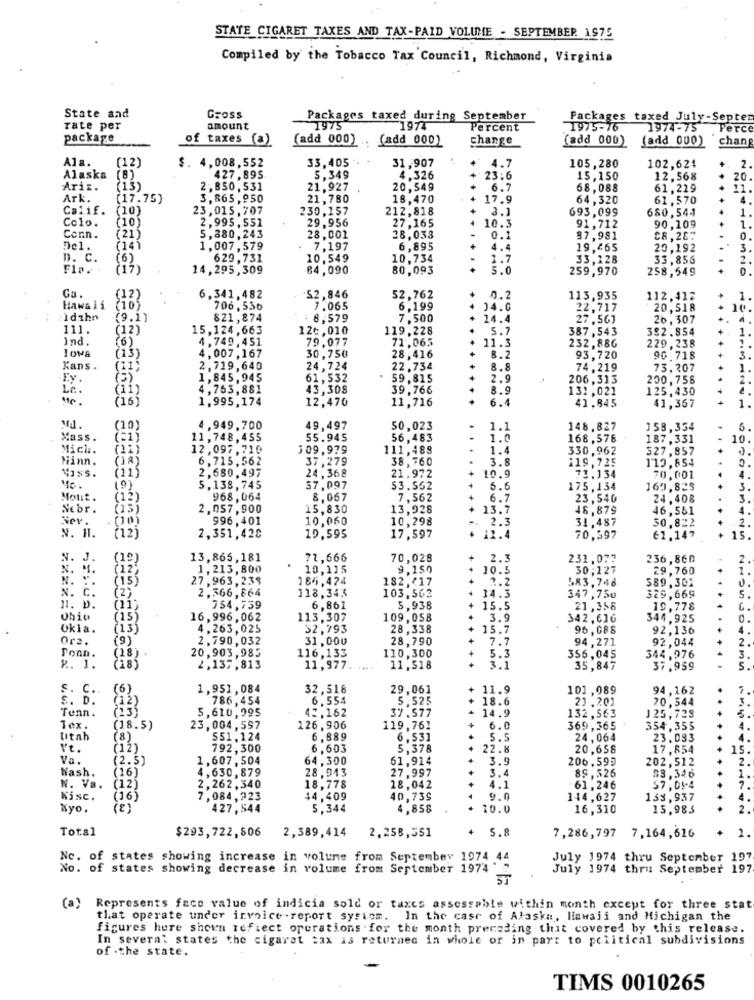
STATE CIGARET TAXES AND TAX-PAID VOLUME - SEPTEMBER 1975
Compiled by the Tobacco Tax Council, Richmond, Virginia
State and
Gross
Packages taxed during September
Packages taxed July -Septer
rate per
amount
1975
1974
Percent
1975-76
1974-75 Perce
package
of taxes (a)
(add 000)
(add 000)
change
(add 000)
(add 000) chang
A1a.
33,405
(12)
$. 4,008,552
31,907
+ 4.7
105,280
102,624
2
Alaska
(8)
427,895
5,349
4,326
+ 23:6
15,150
12.568
20.
Ariz.
(13)
2, 850, 531
21,927
20,549
6.7
68,088
61,229
11
Ark.
(17.75)
3,865,950
21,780
18,470
17.9
64,320
61.570
4
Calif.
(10)
23,015,707
230,157
212,818
3.1
693,099
680,544
1
Colo.
(10)
2,995,551
29,956
27,165
10.3
1
....
91,712
90,109
Conn.
(21)
5,380,243
28,001
28.033
0.1
87,981
C8,287
0
Del.
1,007,579
7,197
6,895
4.4
19,465
20,192
n. c.
(6)
629,731
10,549
10,734
1.7
33,128
33,856
2.
Fla. .
(12)
14,295,309
84,090
80,093
5.0
259,970
258,549
Ca.
(12)
6,341,482
52,846
52,762
0.2
113,935
112,412
1
Hawaii
(10
706. 536
7.065
6.199
14.0
22,717
20,518
:Idahn
(9.1)
821,874
8.579
7,500
+ 14.4
27,56]
26,307
111.
(12)
15,124,663
120, 010
119,228
5.7
387,543
392.854
Ind
4,749,451
79.077
(6)
71,065
11.3
232,886
229,238
Iowa
(13)
4,007,167
30,750
28,416
...
8.2
93,720
90 718
...
Kans .
(11)
2,719,640
24,724
22,734
+
8.8
74.219
73.207
1,845,945
61,532
. 59,815
2.9
206.313
200,756
çií)
4,763,881
43,308
39,766
8.
132, 021
125,430
1,995,174
12,470
11,716
6.4
41.845
41,367
MJ.
(10)
4,949.700
49,497
50,023
1.1
148,827
158,354
6.
Mass.
11,748, 455
$5.945
56,483
1.0
168.576
187,331
10.
Mich.
12.097.710
109,979
111,488
1.
330,962
327,857
Minn.
6,715,562
37,279
38,760
3.8
119,725
113,854
2.680.497
24,368
Viss.
21,972
10.9
73.134
70.001
4
Me.
(9)
5.138,745
$7.097
53.562
5.0
175,134
169,823
Molit.
968.064
8,067
7,562
6.7
23,540
24.408
3.
Ncbr.
2,057,900
15,830
13,928
13.7
46,879
46,551
A
Nev.
996,401
10,060
10,298
-. 2.3
31,487
30.822
2.
N. 11.
2125
2,351,420
19.595
17,597
+ 11.4
70,397
61.147
15.
N. J.
13,865,181
71,666
70,028
2.3
231.077
236,860
2.
N.
1,213,800
10,115
9,150
10.5
30;127
29.760
1
N. :.
(15)
27,963,239
164,474
182,17
583, 748
589.301
2.366,864
103.562
14.3
N. C.
(2)
118,343
347,750
329,669
5.
11. D.
754,739
6,861
5,938
15.5
21,358
19.778
Ohio
16,996,062
113,307
109.058
3.9
342,616
344.925
Okla.
4.263,025
32,793
28,338
15.7
96,088
92,136
Ors.
(9)
2,790,032
31,000
28,790
7.7
94,271
92,044
Z
(18)
20,903, 985
116,133
Tonn.
110,300
5.3
356,045
344,976
R. 1.
(18)
2,137,813
11,977.
....
11,518
+
3.1
35,847
37.959
s. C.
(6)
1,951,084
32,518
29,061
+ 11.9
101,089
94,162
S. D.
(12)
786,454
6.554
5,525
18.6
23 .201
20,544
Tenn.
(13)
5,610,995
42,162
37.577
14.9
132, 563
125,728
1ex.
(18.5)
23.004,597
126,906
119,761
+
6.0
369.365
354,355
Utah
(8)
551.124
6,889
6,53]
5.5
24,064
23.033
V't.
(12)
792,300
6,603
5,378
22.8
20,658
17,854
15.
Va.
(2.5)
1,607,504
64,300
61,914
3.9
206.599
202,512
2.
Nash.
(16)
4,630,879
28,943
3.4
83.346
......
27,997
89,526
1.
N. Va.
(12)
2,262,340
18, 778
18,042
4.1
61,246
57,05.4
7.
Kisc.
(16)
7,084,223
44,409
40,739
9.
144,627
133, 937
4.
Kyo.
(2)
427,544
5,344
4.858
10.0
16,310
15,983
2.
Total
$293,722,806
2,389,414
5.8
+
2.
2,258,551
7,286,797 7,164,616
. of states showing increase in volume from September 1974 44
July 1974 thru September 197
. of states showing decrease in volume from September 1974 ' ?
July 1974 thru September 197
(a)
Represents face value of indicia sold or taxes assessable within month except for three stat
that operate under invoice -report system. In the case of Alaska, liawaii and Michigan the
figures here shown reflect operations .for the month preceding that covered by this release.
In several states the cigaret tax is returned in whole or in part to political subdivisions
of .the state.
TIMS 0010265